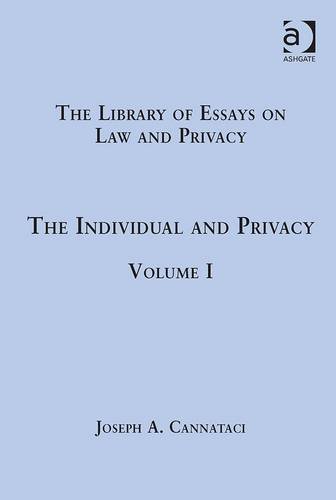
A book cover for The Individual and Privacy (The Library of Essays on Law and Privacy); Joseph A. Cannataci; Law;